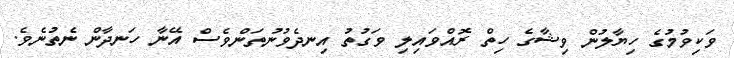
ވަކިވުމުގެ ހިޔާލުން ވިޝާގެ ހިތް ރޮއްވައިލި ވަގުތު އިނދެވުނުތަންވެސް އޭނާ ހަނދާން ނެތުނެވެ.